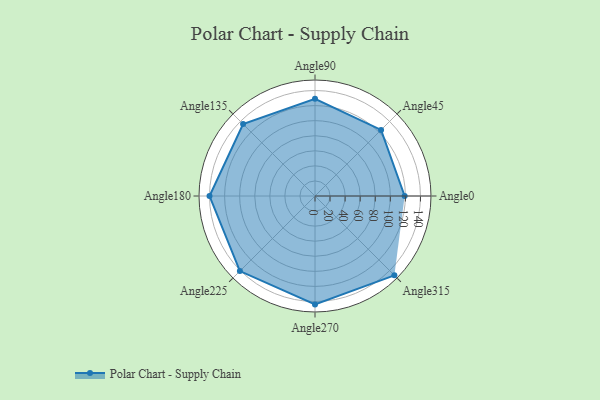
{"axis": {"x": "Angle", "y": "Radius"}, "legend": [""], "data": [{"x": "Angle0", "y": 119.0, "type": ""}, {"x": "Angle45", "y": 124.0, "type": ""}, {"x": "Angle90", "y": 129.0, "type": ""}, {"x": "Angle135", "y": 135.0, "type": ""}, {"x": "Angle180", "y": 140.0, "type": ""}, {"x": "Angle225", "y": 141.0, "type": ""}, {"x": "Angle270", "y": 144.0, "type": ""}, {"x": "Angle315", "y": 149.0, "type": ""}]}